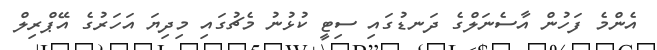
އެންމެ ފަހުން އާސެނަލްގެ ދަނޑުގައި ސިޓީ ކުޅުނު މެޗުގައި މިދިޔަ އަހަރުގެ އޭޕްރިލް